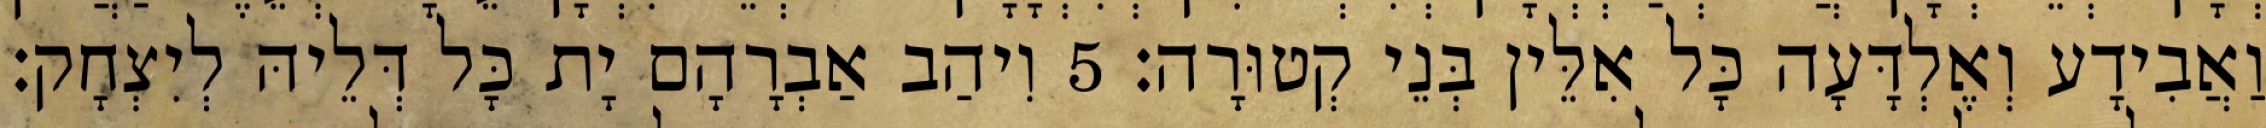
וַאֲבִידָע וְאֶלְדָּעָה כָּל אִלֵּין בְּנֵי קְטוּרָה׃ 5 וִיהַב אַבְרָהָם יָת כָּל דְּלֵיהּ לְיִצְחָק׃